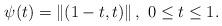
LaTeX: \begin{align*}\psi (t)=\left\Vert (1-t,t)\right\Vert ,\ 0\leq t\leq 1. \end{align*}